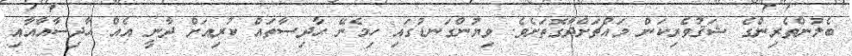
ބެލުންތެރިންގެ ޝަޤުވެރިކަން މައްޗަށްދާގޮތަށެވެ. ވިޔުންގަނޑުގައި ހިމެނޭ ޙާދިސާތައް ކުރިއަށް ދާނީ އެއް ޙާދިސާއާއާއި